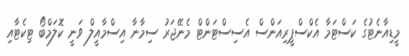
މީޑިއާނެޓުގެ ކަސްޓަމާ އެކްސްޕީރިއަންސް އެސިސްޓަންޓް މެނޭޖަރު ސިމާނާ އިސްމާއީލް ވަނީ ކޮލަމްބޯ ޓިކެޓާއި